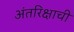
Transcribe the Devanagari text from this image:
अंतरिक्षाची